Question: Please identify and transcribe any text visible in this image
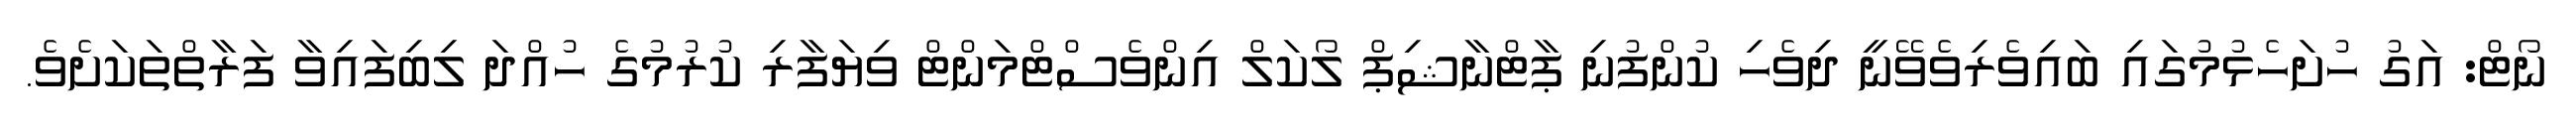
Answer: ނޯޓް: އަގު ހުށަހެޅުމުގައި ބައިވެރިވެވޭނީ ދިވެހި ކުންފުނި ޕާޓްނާޝިޕް ލޯކަލް އިންވެސްޓްމަންޓް ވިޔަފާރި ކުރުމުގެ ހުއްދަ ލިބިފައިވާ ފަރާތްތަކަށެވެ.